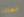
لماذا